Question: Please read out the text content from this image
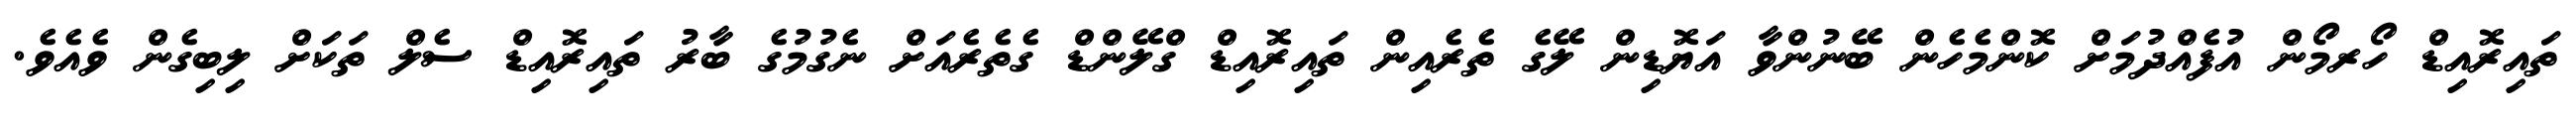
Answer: ތައިރޮއިޑް ހޯރމޯން އުފެއްދުމަށް ކޮންމެހެން ބޭނުންވާ އަޔޮޑިން ލޭގެ ތެރެއިން ތައިރޮއިޑް ގްލޭންޑް ގެތެރެއަށް ނެގުމުގެ ބާރު ތައިރޮއިޑް ސެލް ތަކަށް ލިބިގެން ވެއެވެ.